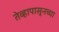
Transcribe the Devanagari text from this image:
तेव्हापासूनच्या